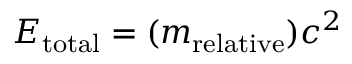
E _ { \mathrm { t o t a l } } = ( m _ { \mathrm { r e l a t i v e } } ) c ^ { 2 }